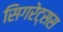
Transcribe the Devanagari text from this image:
सिगरेट्सस